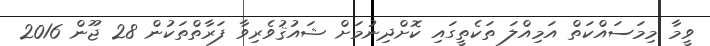
ވީމާ މިމަސައްކަތް އަމިއްލަ ތަކެތީގައި ކޮށްދިނުމަށް ޝައުޤުވެރިވާ ފަރާތްތަކުން 28 ޖޫން 2016